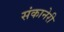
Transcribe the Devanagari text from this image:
संकानेरी